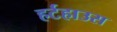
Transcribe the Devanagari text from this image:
हर्टहाउस